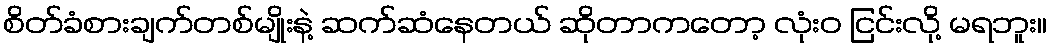
စိတ်ခံစားချက်တစ်မျိုးနဲ့ ဆက်ဆံနေတယ် ဆိုတာကတော့ လုံးဝ ငြင်းလို့ မရဘူး။